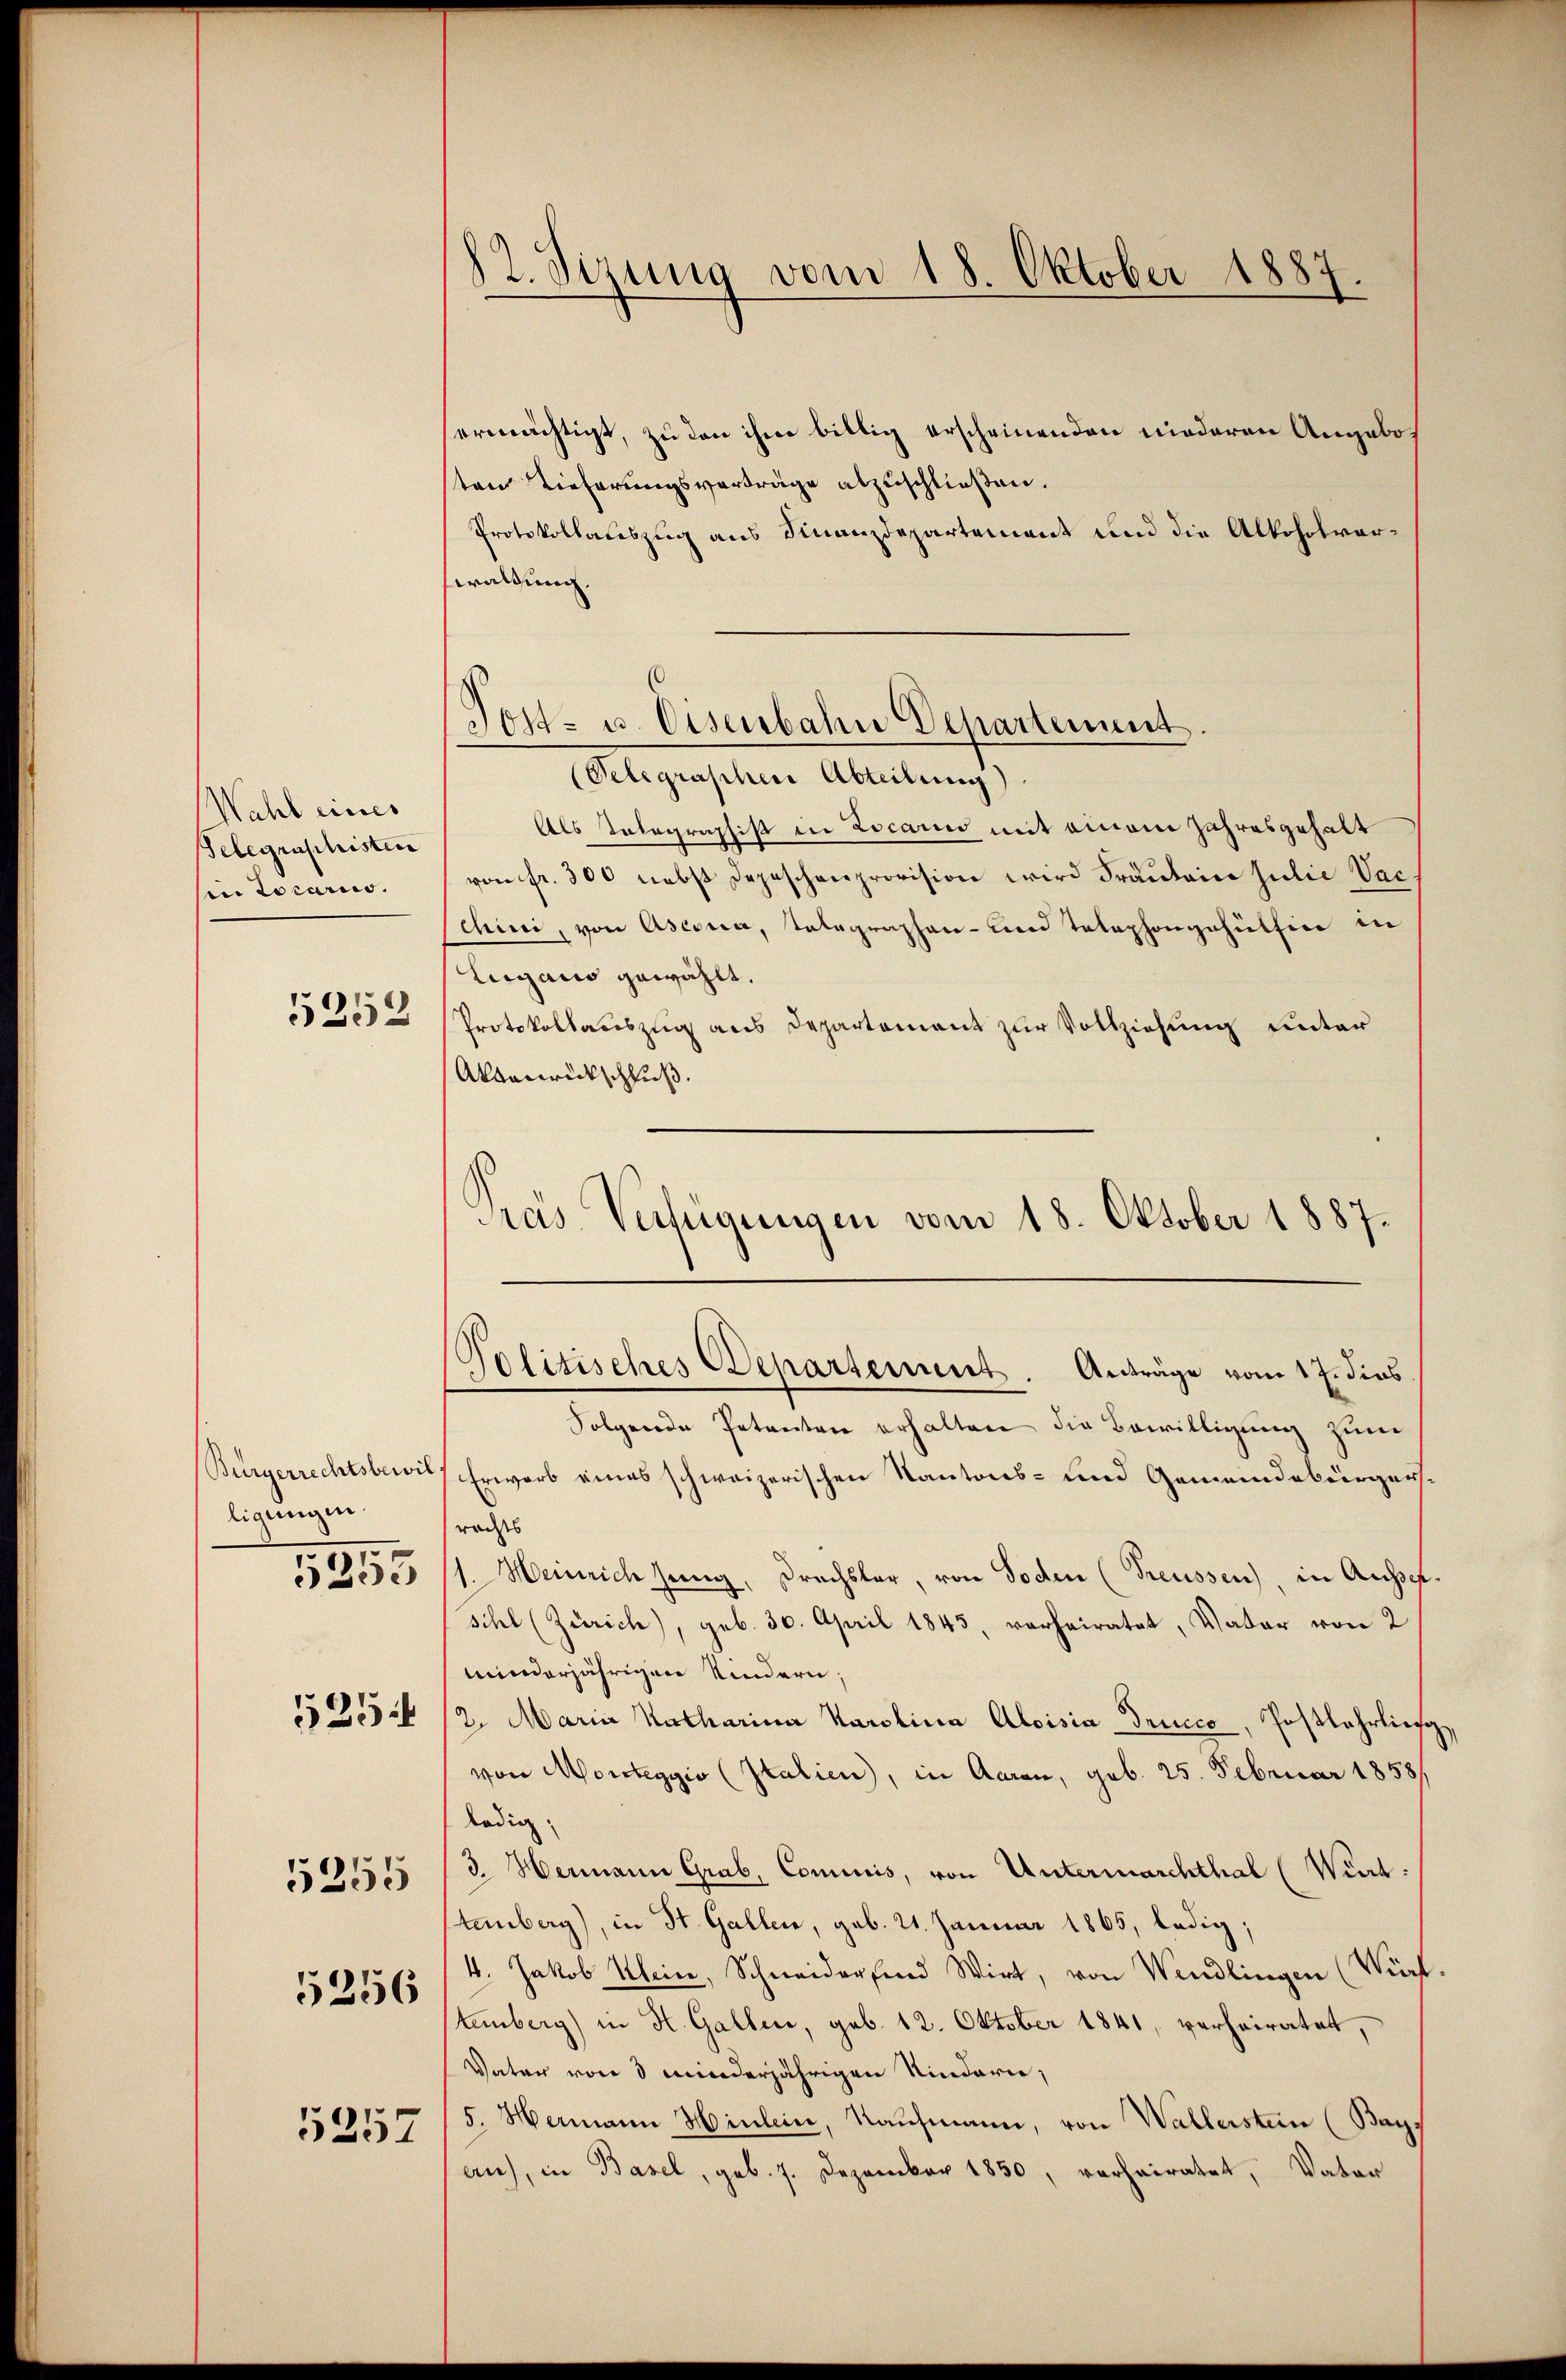
Wahl eines
Selegraphisten
hin Locario.
5252

Bürgerrechtsbewil
ligungen.
525
5255

5255

5256

5257

82. Sizung vom 18. Oktober 1887
d

ermächtigt, zu den ihm bittig erscheinenden niederen Angeboten Tieferungsverträge abzuschließen.
Protokollauszug aus Finanzdepartement und die Alkoholverwaltung.
(Selegraphen Abteilung)
Als Telegraphist in Locarii mit einem Jahresgehalt
von fr. 300 nebst Depeschenprovision wird Fräulein Julie Vac.
Chini, von Ascena, Telegraphen- und Telephongehülfen in
Lugano gewählt.
Protokollauszug aus Departement zur Vollziehung unter
Aktenrückschluß.
Pras Verfügungen vom 18. Oktober 1887.

Post- u. Eisenbahn Departement

Politisches Departement. Anträge vom 17. dies
Folgende Petenten erhalten die Bewilligung zum

Erwarb eines schweizerischen Kantons- und Gemeindebürgerrodess
.
Heinrich seinig, Brachsler, von Toden (Treussen), in Ausser.
sihl (Zürich), geb. 30. April 1845, verheiratet, Vater von 2
minderjährigen Kindern;
2. Maria Katharina Karolina Aloisia-Drucco, Postlehrlieg
von Monteggio (Italien, in Aaran, geb. 25. Februar 1858/
ledig
3. Hermann Grab, Commis, von Untermarchthal (Wiet.
temberg), in St. Gallen, geb. 21. Januar 1865, ledig;
4. Jakob Klein, Schneider sind Wirt, von Wendlingen (Wirf.
tenberg) in H. Gallen, geb. 12. Oktober 1841, verheiratet,
Vater von 3 minderjährigen Kindern;
5. Hammann Hinlein, Naufmann, von Wallerstein (Bays
au), in Basel, geb. 7. Dezember 1850, verheiratet, Vater